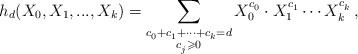
LaTeX: \begin{align*} h_{d}(X_0, X_1, ..., X_k) \overset{}{=} \sum \limits_{ \substack{c_0^{} + c_1^{} + \cdots + c_k^{} = d \\ c_j^{} \geqslant 0 } } X_{0}^{c_0^{}} \cdot X_{1}^{c_1^{}} \cdots X_{k}^{c_k^{}} \,,\end{align*}